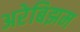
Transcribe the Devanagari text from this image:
अरेबिझम